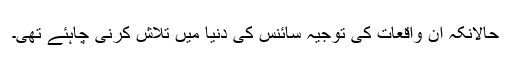
حالانکہ ان واقعات کی توجیہ سائنس کی دنیا میں تلاش کرنی چاہئے تھی۔